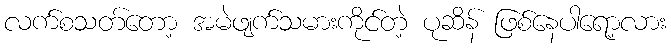
လက်စသတ်တော့ အမဲဖျက်သမားကိုင်တဲ့ ပုဆိန် ဖြစ်နေပါရော့လား